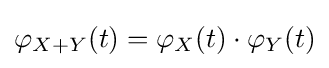
\varphi _{X+Y}(t)=\varphi _{X}(t)\cdot \varphi _{Y}(t)